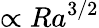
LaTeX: \propto Ra^{3/2}